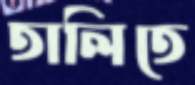
তালিতে